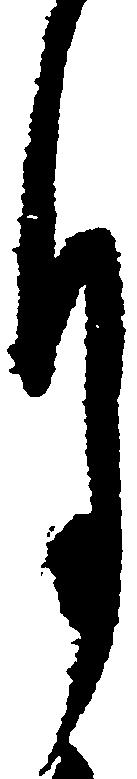
月